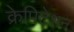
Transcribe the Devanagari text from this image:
क्रेपिटेशन